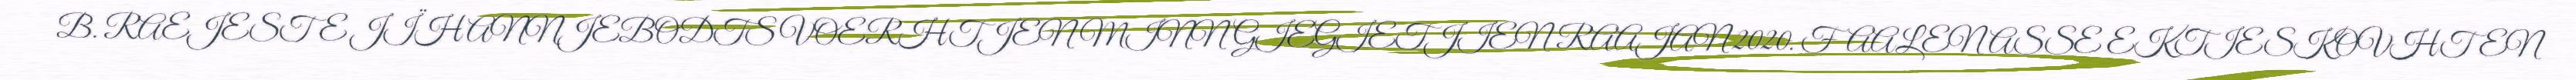
B. RAEJESTE JÏH ANNJEBODTS VOERHTJEN MINNGIEGIETJIEN RAAJAN 2020. FAALENASSE EKTIESKOVHTEN